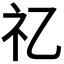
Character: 𥘆